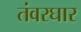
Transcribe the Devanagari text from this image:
तंवरघार